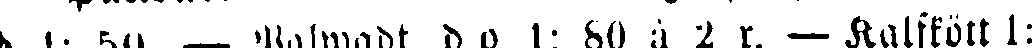
d 1: 59, — Ralwadt d. e 1: 80 à 2 r. — halfkött 1: